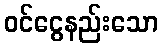
ဝင်ငွေနည်းသော